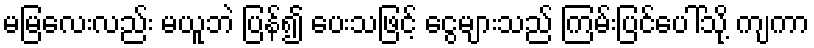
မမြလေးလည်း မယူဘဲ ပြန်၍ ပေးသဖြင့် ငွေများသည် ကြမ်းပြင်ပေါ်သို့ ကျကာ